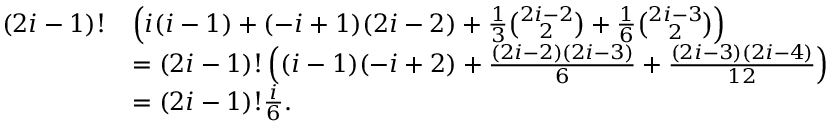
\begin{array} { r l } { ( 2 i - 1 ) ! } & { \left( i ( i - 1 ) + ( - i + 1 ) ( 2 i - 2 ) + \frac { 1 } { 3 } \binom { 2 i - 2 } { 2 } + \frac { 1 } { 6 } \binom { 2 i - 3 } { 2 } \right) } \\ & { = ( 2 i - 1 ) ! \left( ( i - 1 ) ( - i + 2 ) + \frac { ( 2 i - 2 ) ( 2 i - 3 ) } { 6 } + \frac { ( 2 i - 3 ) ( 2 i - 4 ) } { 1 2 } \right) } \\ & { = ( 2 i - 1 ) ! \frac { i } { 6 } . } \end{array}